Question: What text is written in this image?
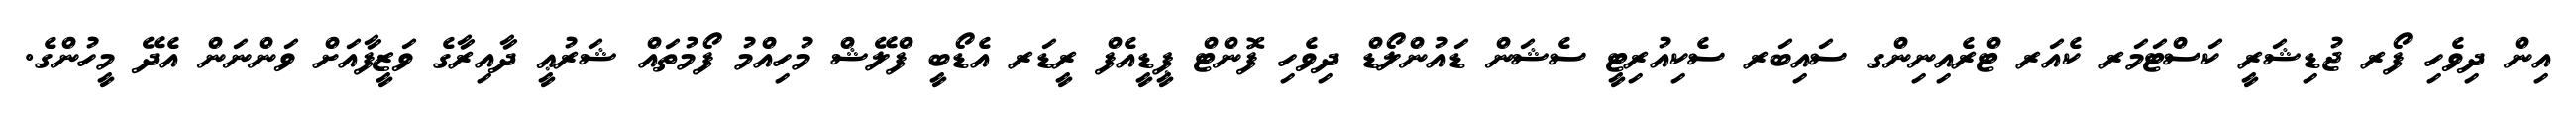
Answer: އިން ދިވެހި ފޯރ ޖުޑިޝަރީ ކަސްޓަމަރ ކެއަރ ޓްރެއިނިންގ ސައިބަރ ސެކިއުރިޓީ ސެޝަން ޑައުންލޯޑް ދިވެހި ފޮންޓް ޕީޑީއެފް ރީޑަރ އެޑޯބީ ފްލޭޝް މުހިއްމު ފޯމުތައް ޝަރުޢީ ދާއިރާގެ ވަޒީފާއަށް ވަންނަން އެދޭ މީހުންގެ.